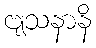
ဗျသနာနိ